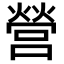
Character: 營